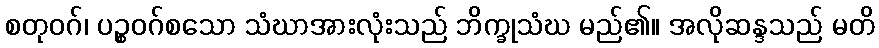
စတုဝဂ်၊ ပဉ္စဝဂ်စသော သံဃာအားလုံးသည် ဘိက္ခုသံဃ မည်၏။ အလိုဆန္ဒသည် မတိ